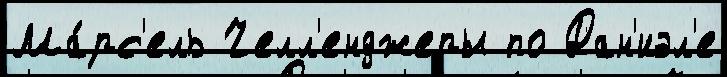
Ма́рс'ель Челл'енджеры по Дан'иэл'е